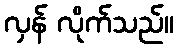
လှန် လိုက်သည်။